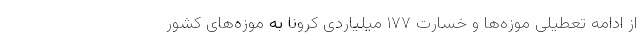
از ادامه تعطیلی موزه‌ها و خسارت ۱۷۷ میلیاردی کرونا به موزه‌های کشور